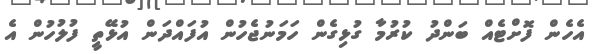
އެހެން ފޮށްޓެއް ބަންދު ކުރުމާ ގުޅިގެން ހަމަނުޖެހުން އުފައްދަން އުޅޭތީ ފުލުހުން އެ